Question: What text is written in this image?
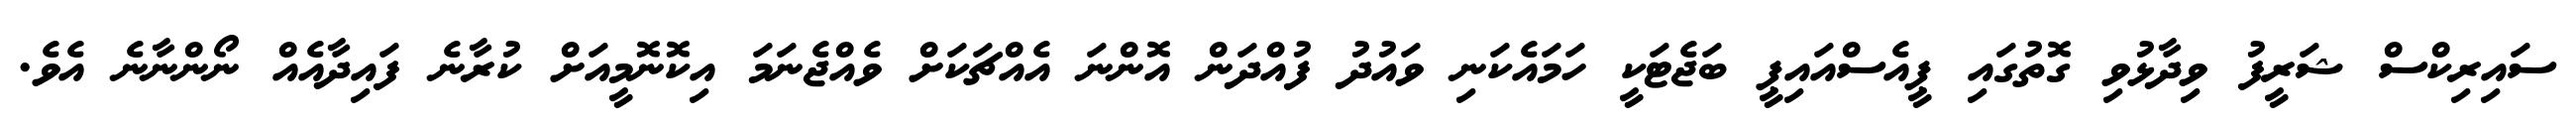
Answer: ސައިރިކްސް ޝަރީފު ވިދާޅުވި ގޮތުގައި ޕީއެސްއައިޕީ ބަޖެޓަކީ ހަމައެކަނި ވައުދު ފުއްދަން އޮންނަ އެއްޗަކަށް ވެއްޖެނަމަ އިކޮނޮމީއަށް ކުރާނެ ފައިދާއެއް ނޯންނާނެ އެވެ.